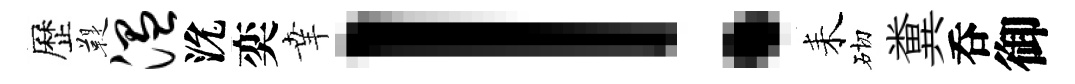
歷鞮温沇奕𦍒！耒砌糞呑御